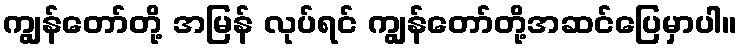
ကျွန်တော်တို့ အမြန် လုပ်ရင် ကျွန်တော်တို့အဆင်ပြေမှာပါ။